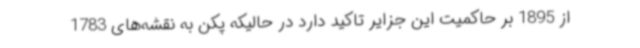
از 1895 بر حاکمیت این جزایر تاکید دارد در حالیکه پکن به نقشه‌های 1783